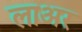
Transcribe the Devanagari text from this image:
लाअर